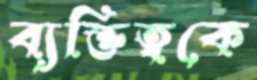
ব্যক্তিত্বকে